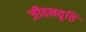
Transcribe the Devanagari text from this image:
जीवनवृति